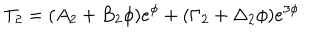
T _ { 2 } = ( A _ { 2 } + B _ { 2 } \phi ) e ^ { \phi } + ( \Gamma _ { 2 } + \Delta _ { 2 } \phi ) e ^ { 3 \phi }